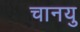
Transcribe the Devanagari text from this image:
चानयु